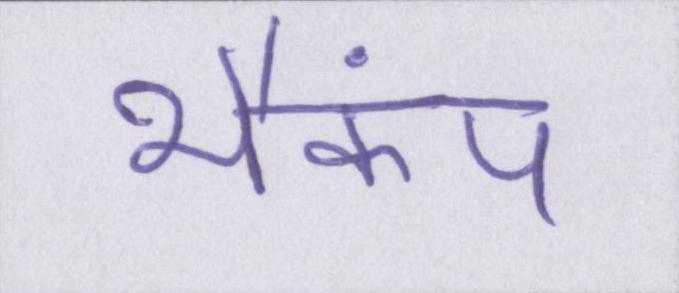
भैकंप